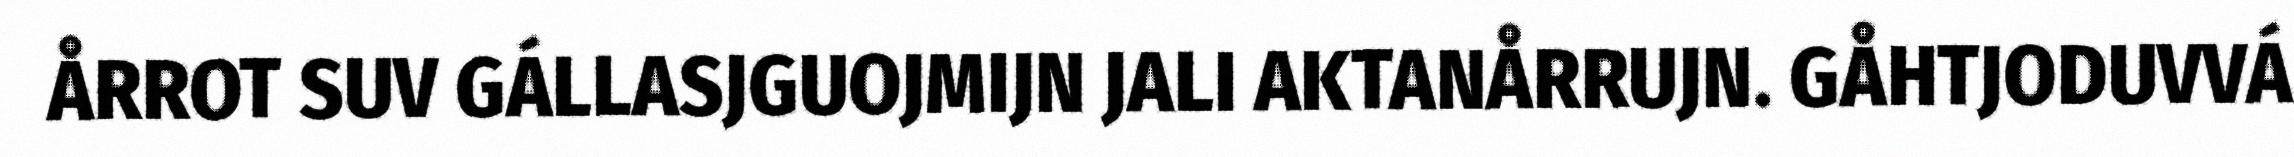
ÅRROT SUV GÁLLASJGUOJMIJN JALI AKTANÅRRUJN. GÅHTJODUVVÁ